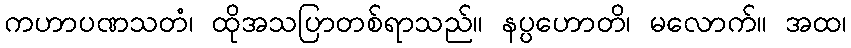
ကဟာပဏသတံ၊ ထိုအသပြာတစ်ရာသည်။ နပ္ပဟောတိ၊ မလောက်။ အထ၊